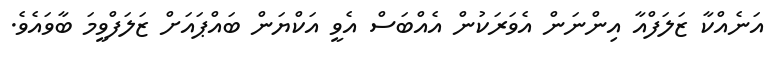
އަނެއްކާ ޒަލަފްއާ އިންނަން އެވަރަކުން އެއްބަސް އެވީ އަކްޔަން ބައްޕައަށް ޒަލަފްވީމަ ބާވައެވެ.